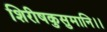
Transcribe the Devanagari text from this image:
शिरीषकुसुमानि।।